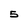
Character: 5